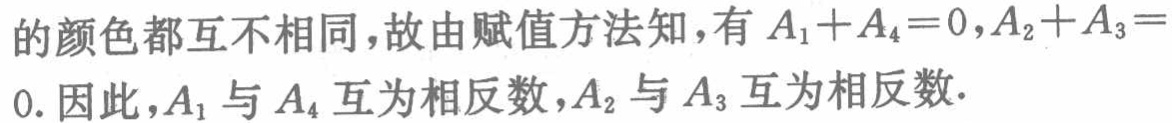
的颜色都互不相同，故由赋值方法知，有\(A_{1}+A_{4}=0,A_{2}+A_{3}=0\). 因此，\(A_{1}\)与\(A_{4}\)互为相反数，\(A_{2}\)与\(A_{3}\)互为相反数.